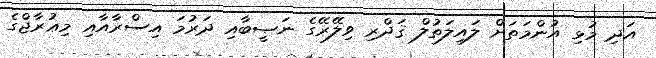
އަދި މުޅި އުންމަތަށް ލައިލަތުލް ޤަދްރި ވިލޭރޭގެ ނަޞީބާއި ދަރުމަ އިސްރާއާއި މިޢުރާޖްގެ